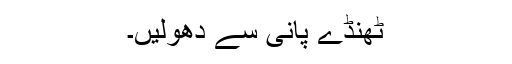
ٹھنڈے پانی سے دھولیں۔